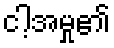
ငါ့အမှု၏